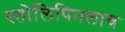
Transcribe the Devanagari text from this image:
स्तोलिपिनलाच